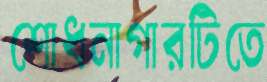
শোধনাগারটিতে